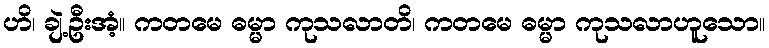
ဟိ၊ ချဲ့ဦးအံ့။ ကတမေ ဓမ္မာ ကုသလာတိ၊ ကတမေ ဓမ္မာ ကုသလာဟူသော။